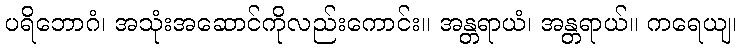
ပရိဘောဂံ၊ အသုံးအဆောင်ကိုလည်းကောင်း။ အန္တရာယံ၊ အန္တရာယ်။ ကရေယျ၊